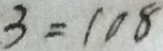
3 = 1 0 8